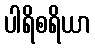
ပါရိစရိယာ